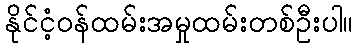
နိုင်ငံ့ဝန်ထမ်းအမှုထမ်းတစ်ဦးပါ။